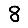
Digit: 8